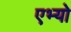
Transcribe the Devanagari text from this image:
एभ्यो